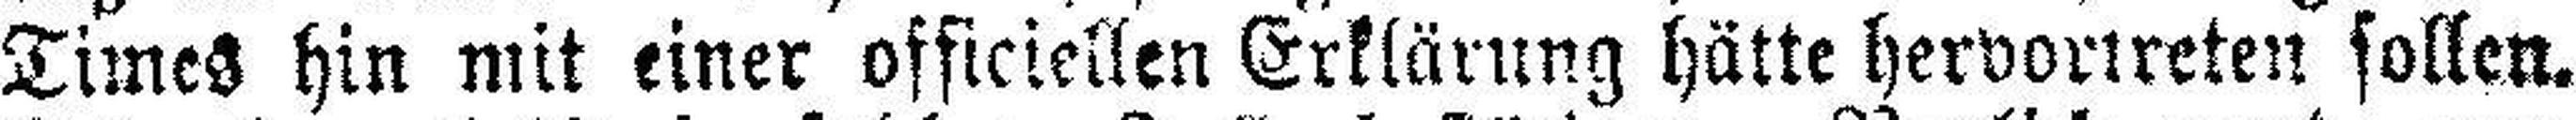
Times hin mit einer officiellen Erklärung hätte hervortreten sollen.